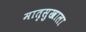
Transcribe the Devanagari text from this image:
मातृसुखाला